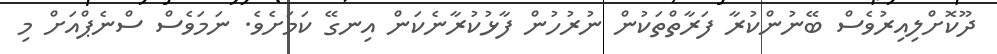
ދޫކޮށްލިއިރުވެސް ބޭނުންކުރާ ފަރާތްތަކުން ނުރުހުން ފާޅުކުރާނެކަން އިނގޭ ކަމަށެވެ. ނަމަވެސް ސްނެޕްއަށް މި